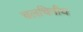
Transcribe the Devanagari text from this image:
चलचित्रीय